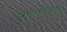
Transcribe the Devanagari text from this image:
पुराव्यासंबंधातील